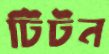
টিটন